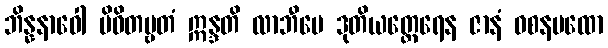
ဘိန္နနာဝေါ ပိဝိတဗ္ဗတံ ဣန္ဒတိ လာဘီပေ ဒုတိယတ္ထေရေန ဇာနံ ဝစနပထော